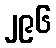
၂၉၆